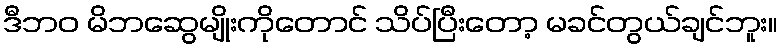
ဒီဘဝ မိဘဆွေမျိုးကိုတောင် သိပ်ပြီးတော့ မခင်တွယ်ချင်ဘူး။